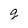
Character: g